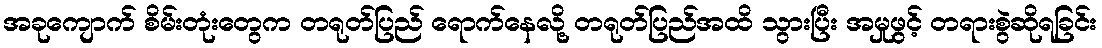
အခုကျောက် စိမ်းတုံးတွေက တရုတ်ပြည် ရောက်နေလို့ တရုတ်ပြည်အထိ သွားပြီး အမှုဖွင့် တရားစွဲဆိုရခြင်း